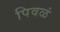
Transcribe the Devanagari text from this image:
पिवळं